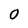
Character: 0